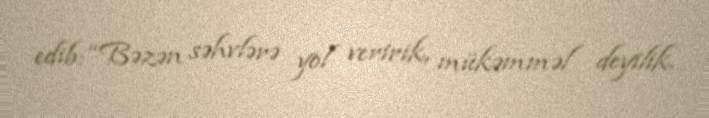
edib: “Bəzən səhvlərə yol veririk, mükəmməl deyilik.